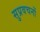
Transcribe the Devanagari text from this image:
सुप्रवचनों